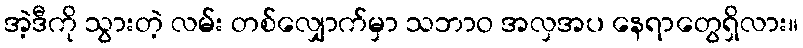
အဲ့ဒီကို သွားတဲ့ လမ်း တစ်လျှောက်မှာ သဘာဝ အလှအပ နေရာတွေရှိလား။